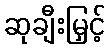
ဆုချီးမြှင့်